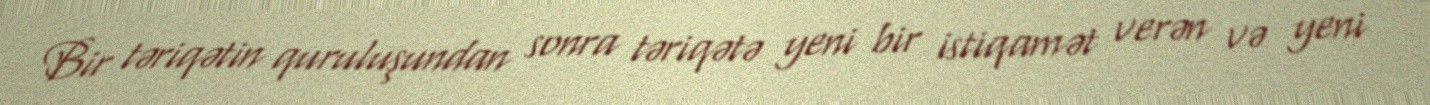
Bir təriqətin quruluşundan sonra təriqətə yeni bir istiqamət verən və yeni